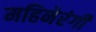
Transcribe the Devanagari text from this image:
महिनेरंगी